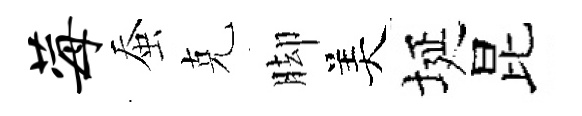
莓蚕克脚美埏昆